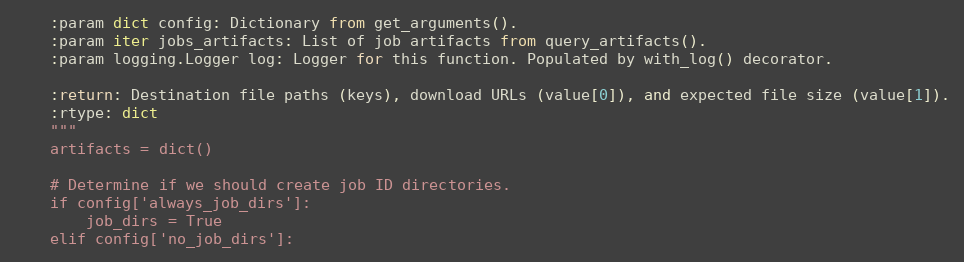
Language: Python
    :param dict config: Dictionary from get_arguments().
    :param iter jobs_artifacts: List of job artifacts from query_artifacts().
    :param logging.Logger log: Logger for this function. Populated by with_log() decorator.

    :return: Destination file paths (keys), download URLs (value[0]), and expected file size (value[1]).
    :rtype: dict
    """
    artifacts = dict()

    # Determine if we should create job ID directories.
    if config['always_job_dirs']:
        job_dirs = True
    elif config['no_job_dirs']: